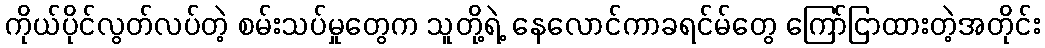
ကိုယ်ပိုင်လွတ်လပ်တဲ့ စမ်းသပ်မှုတွေက သူတို့ရဲ့ နေလောင်ကာခရင်မ်တွေ ကြော်ငြာထားတဲ့အတိုင်း